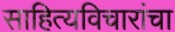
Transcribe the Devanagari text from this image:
साहित्यविचारांचा